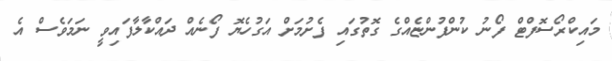
މައިކްރޯސޮފްޓް ފޯނު ކުންފުންޏެއްގެ ގޮތުގައި ފެށުމަށް އަގުހެޔޮ ފޯނެއް ދައްކާލާފައިވީ ނަމަވެސް އެ